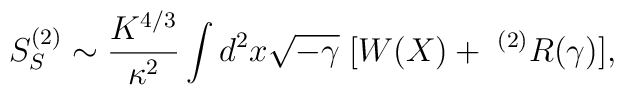
S_{S}^{(2)}\sim\frac{K^{4/3}}{\kappa^2}\int d^2 x\sqrt{-\gamma}\;[ W(X)+ \; ^{(2)}R(\gamma)],